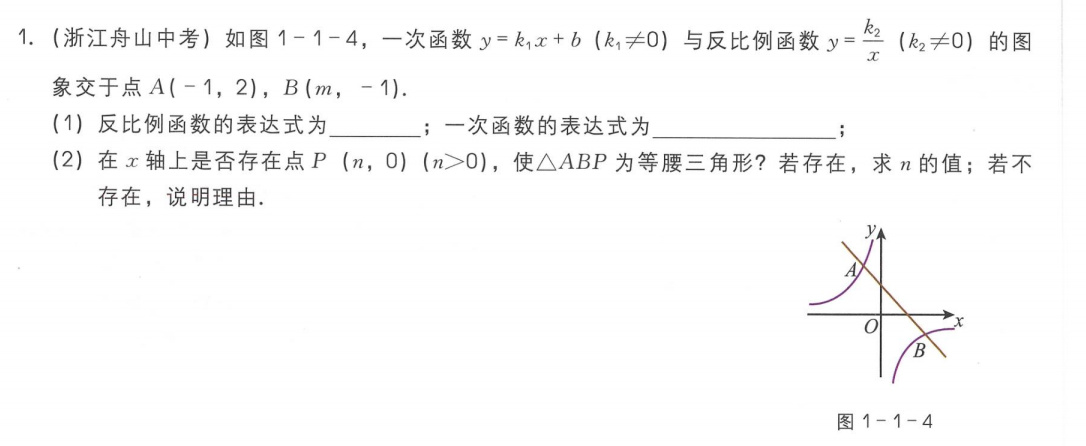
1.（浙江舟山中考）如图1 - 1 - 4，一次函数\(y = k_{1}x + b\ (k_{1}\neq0)\)与反比例函数\(y=\frac{k_{2}}{x}\ (k_{2}\neq0)\)的图
象交于点\(A(-1,2)\)，\(B(m,-1)\)。
(1) 反比例函数的表达式为  ；一次函数的表达式为  ；
(2) 在\(x\)轴上是否存在点\(P\ (n,0)\ (n > 0)\)，使\(\triangle ABP\)为等腰三角形？若存在，求\(n\)的值；若不
存在，说明理由。

![图1 - 1 - 4](https://pic2.zhimg.com/v2-8c8d8c8c8c8c8c8c8c8c8c8c8c8c8c8c_b.jpg)